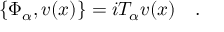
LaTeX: \{ \Phi _ { \alpha } , v ( x ) \} = i T _ { \alpha } v ( x ) \quad .